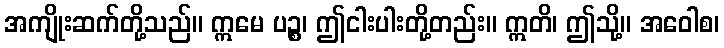
အကျိုးဆက်တို့သည်။ ဣမေ ပဉ္စ၊ ဤငါးပါးတို့တည်း။ ဣတိ၊ ဤသို့။ အဝေါစ၊